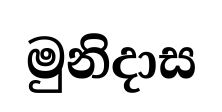
මුනිදාස